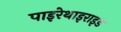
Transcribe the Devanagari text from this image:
पाइरेथाइराइड